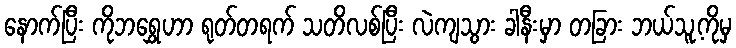
နောက်ပြီး ကိုဘရွှေဟာ ရုတ်တရက် သတိလစ်ပြီး လဲကျသွား ခါနီးမှာ တခြား ဘယ်သူ့ကိုမှ